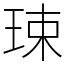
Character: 㻋